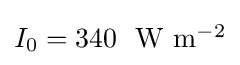
{\textstyle I_{0}=340~~\mathrm {W} ~\mathrm {m} ^{-2}}